Annual report of the Imperial Bacteriological Laboratory, Muktesar
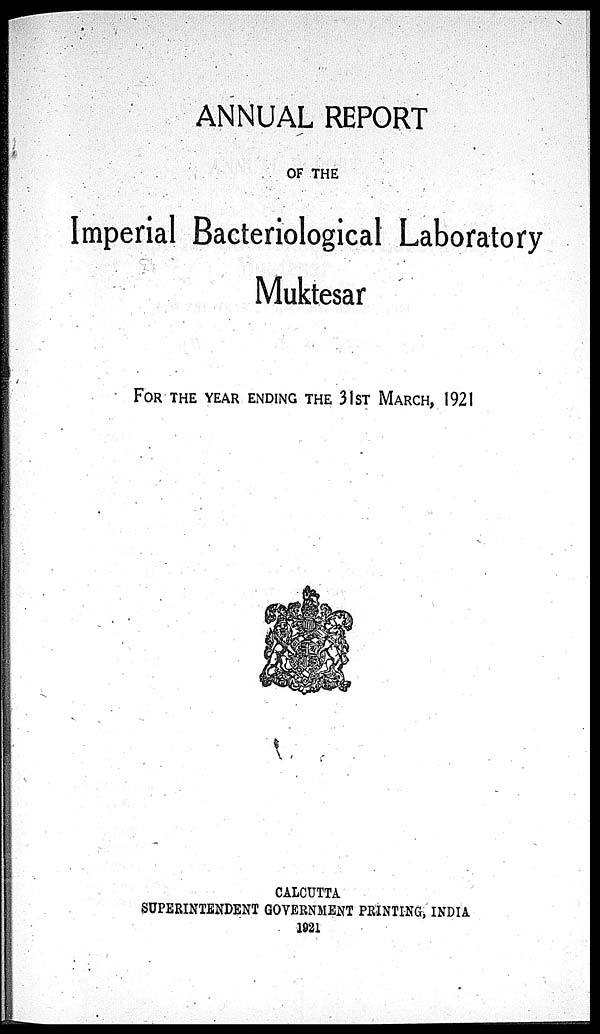
ANNUAL REPORT
OF THE
Imperial Bacteriological Laboratory
Muktesar
FOR THE YEAR ENDING THE 31ST MARCH, 1921
CALCUTTA
SUPERINTENDENT GOVERNMENT PRINTING, INDIA
1921